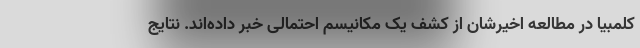
کلمبیا در مطالعه اخیرشان از کشف یک مکانیسم احتمالی خبر داده‌اند. نتایج